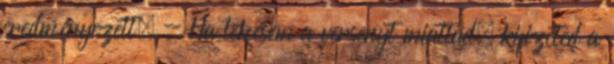
eredményezett. - Ha lekésem a versenyt miattad, kifizeted a